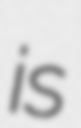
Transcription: is